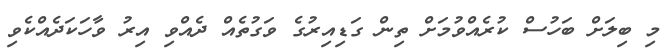
މި ބިލަށް ބަހުސް ކުރެއްވުމަށް ތިން ގަޑިއިރުގެ ވަގުތެއް ދެއްވި އިރު ވާހަކަދެއްކެވި